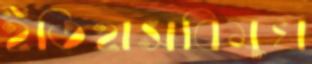
ইতিহাসবিমুখ